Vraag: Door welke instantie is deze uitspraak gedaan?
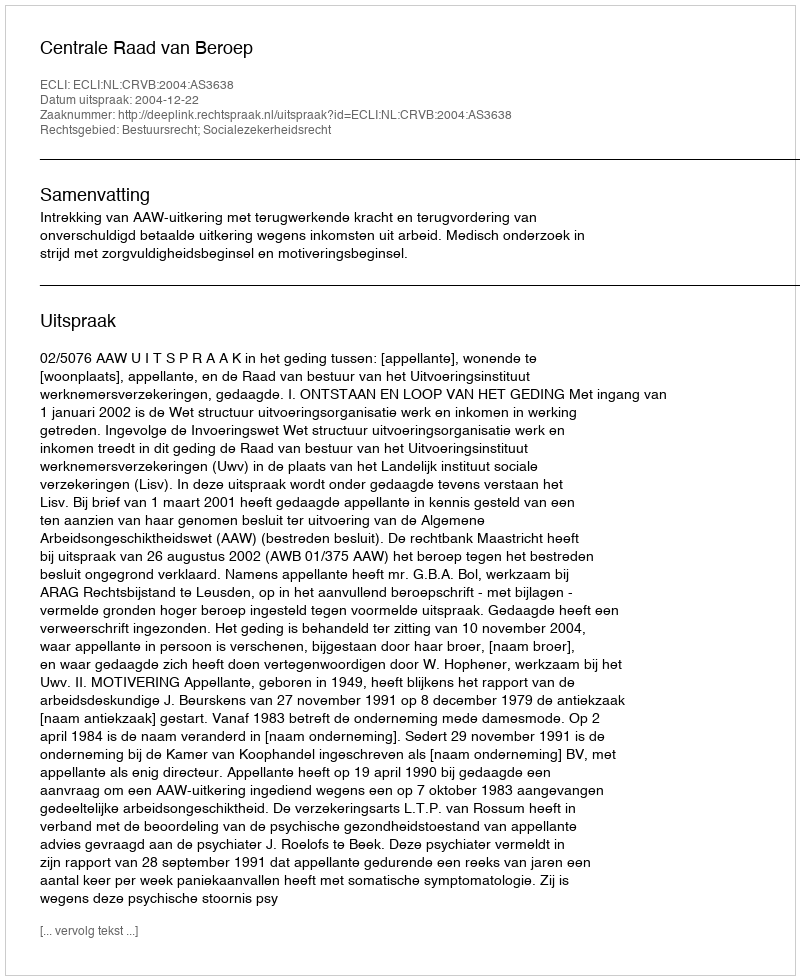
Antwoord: Centrale Raad van Beroep